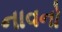
નાવનો